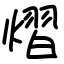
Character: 熠